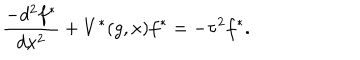
\frac { - d ^ { 2 } f ^ { * } } { d x ^ { 2 } } + V ^ { * } ( g , x ) f ^ { * } = - \tau ^ { 2 } f ^ { * } .